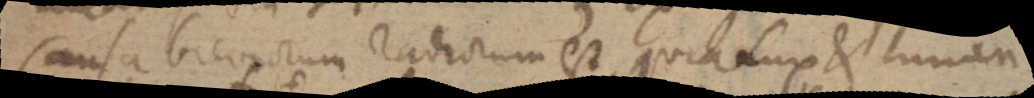
Causa breviorum radiorum est, quia lux et lumen